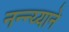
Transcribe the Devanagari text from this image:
नन्न्य्याने